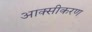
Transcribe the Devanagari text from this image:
आक्‍सीकरण